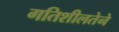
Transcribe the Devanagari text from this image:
गतिशीलतेने